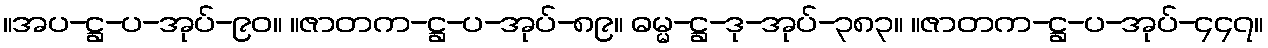
။အပ-ဋ္ဌ-ပ-အုပ်-၉၀။ ။ဇာတက-ဋ္ဌ-ပ-အုပ်-၈၉။ ဓမ္မ-ဋ္ဌ-ဒု-အုပ်-၃၈၃။ ။ဇာတက-ဋ္ဌ-ပ-အုပ်-၄၄၇။